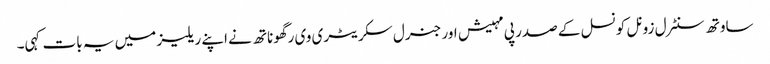
ساوتھ سنٹرل زونل کونسل کے صدر پی مہیش اور جنرل سکریٹری وی رگھوناتھ نے اپنے ریلیز میں یہ بات کہی۔